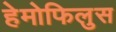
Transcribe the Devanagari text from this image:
हेमोफिलुस